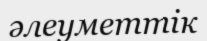
әлеуметтік